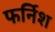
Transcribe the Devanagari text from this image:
फर्निश